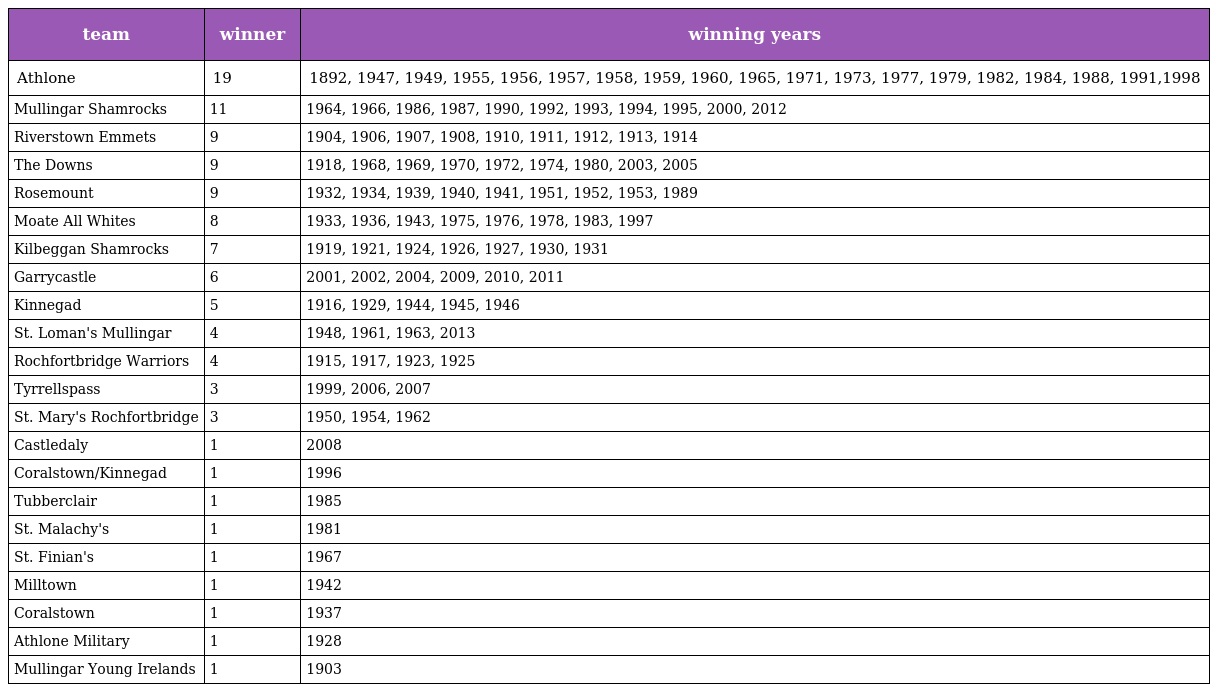
| team | winner | winning years |
 | --- | --- | --- |
 | Athlone | 19 | 1892, 1947, 1949, 1955, 1956, 1957, 1958, 1959, 1960, 1965, 1971, 1973, 1977, 1979, 1982, 1984, 1988, 1991,1998 |
 | Mullingar Shamrocks | 11 | 1964, 1966, 1986, 1987, 1990, 1992, 1993, 1994, 1995, 2000, 2012 |
 | Riverstown Emmets | 9 | 1904, 1906, 1907, 1908, 1910, 1911, 1912, 1913, 1914 |
 | The Downs | 9 | 1918, 1968, 1969, 1970, 1972, 1974, 1980, 2003, 2005 |
 | Rosemount | 9 | 1932, 1934, 1939, 1940, 1941, 1951, 1952, 1953, 1989 |
 | Moate All Whites | 8 | 1933, 1936, 1943, 1975, 1976, 1978, 1983, 1997 |
 | Kilbeggan Shamrocks | 7 | 1919, 1921, 1924, 1926, 1927, 1930, 1931 |
 | Garrycastle | 6 | 2001, 2002, 2004, 2009, 2010, 2011 |
 | Kinnegad | 5 | 1916, 1929, 1944, 1945, 1946 |
 | St. Loman's Mullingar | 4 | 1948, 1961, 1963, 2013 |
 | Rochfortbridge Warriors | 4 | 1915, 1917, 1923, 1925 |
 | Tyrrellspass | 3 | 1999, 2006, 2007 |
 | St. Mary's Rochfortbridge | 3 | 1950, 1954, 1962 |
 | Castledaly | 1 | 2008 |
 | Coralstown/Kinnegad | 1 | 1996 |
 | Tubberclair | 1 | 1985 |
 | St. Malachy's | 1 | 1981 |
 | St. Finian's | 1 | 1967 |
 | Milltown | 1 | 1942 |
 | Coralstown | 1 | 1937 |
 | Athlone Military | 1 | 1928 |
 | Mullingar Young Irelands | 1 | 1903 |